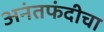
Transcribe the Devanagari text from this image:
अनंतफंदीचा